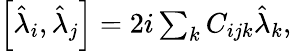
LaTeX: \begin{array}{r}{\left[\hat{\lambda}_{i},\hat{\lambda}_{j}\right]=2i\sum_{k}C_{ijk}\hat{\lambda}_{k},}\end{array}